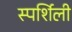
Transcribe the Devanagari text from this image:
स्पर्शिली